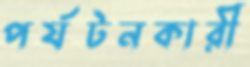
পর্যটনকারী